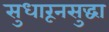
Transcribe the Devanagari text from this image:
सुधारूनसुद्धा